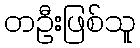
တဦးဖြစ်သူ